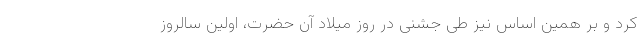
کرد و بر همین اساس نیز طی جشنی در روز میلاد آن حضرت، اولین سالروز